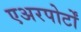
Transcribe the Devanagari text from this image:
एअरपोर्टों